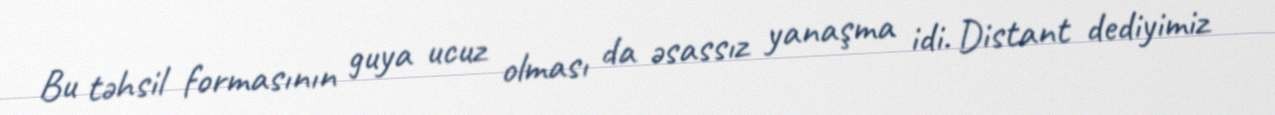
Bu təhsil formasının guya ucuz olması da əsassız yanaşma idi. Distant dediyimiz